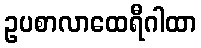
ဥပစာလာထေရီဂါထာ